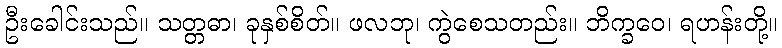
ဦးခေါင်းသည်။ သတ္တဓာ၊ ခုနှစ်စိတ်။ ဖလဘု၊ ကွဲစေသတည်း။ ဘိက္ခဝေ၊ ရဟန်းတို့။